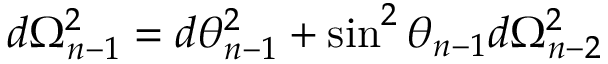
d \Omega _ { n - 1 } ^ { 2 } = d \theta _ { n - 1 } ^ { 2 } + \sin ^ { 2 } \theta _ { n - 1 } d \Omega _ { n - 2 } ^ { 2 }